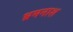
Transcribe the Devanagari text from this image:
भ्रमनाश